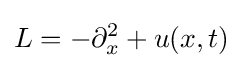
L=-\partial _{x}^{2}+u(x,t)\